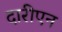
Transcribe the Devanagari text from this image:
दारीएन